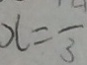
x = \overline { 3 }